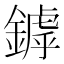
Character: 鏬